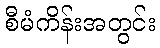
စီမံကိန်းအတွင်း